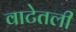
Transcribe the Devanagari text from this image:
वाटेतली